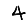
Digit: 4